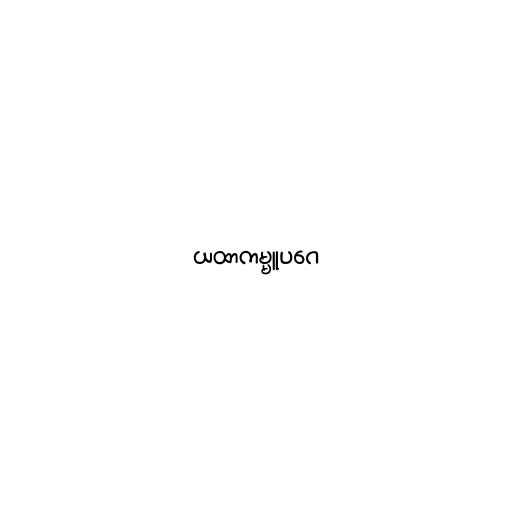
ယထာကမ္မူပဂေ